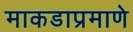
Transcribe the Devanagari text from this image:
माकडाप्रमाणे